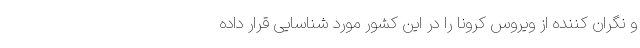
و نگران کننده از ویروس کرونا را در این کشور مورد شناسایی قرار داده